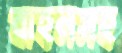
বাহনসহ